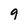
Character: 9